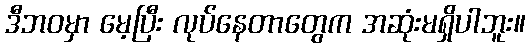
ဒီဘဝမှာ မေ့ပြီး လုပ်နေတာတွေက အဆုံးမရှိပါဘူး။